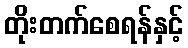
တိုးတက်စေရန်နှင့်